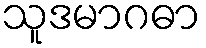
သူဒမာဂဓာ